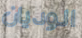
الوديان